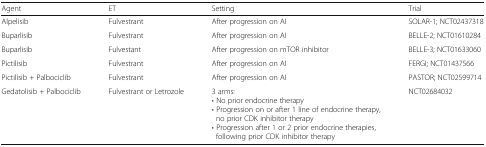
<table><thead><tr><td><b>Agent</b></td><td><b>ET</b></td><td><b>Setting</b></td><td><b>Trial</b></td></tr></thead><tbody><tr><td>Alpelisib</td><td>Fulvestrant</td><td>After progression on AI</td><td>SOLAR-1; NCT02437318</td></tr><tr><td>Buparlisib</td><td>Fulvestrant</td><td>After progression on AI</td><td>BELLE-2; NCT01610284</td></tr><tr><td>Buparlisib</td><td>Fulvestant</td><td>After progression on mTOR inhibitor</td><td>BELLE-3; NCT01633060</td></tr><tr><td>Pictilisib</td><td>Fulvestrant</td><td>After progression on AI</td><td>FERGI; NCT01437566</td></tr><tr><td>Pictilisib + Palbociclib</td><td>Fulvestrant</td><td>After progression on AI</td><td>PASTOR; NCT02599714</td></tr><tr><td>Gedatolisib + Palbociclib</td><td>Fulvestrant or Letrozole</td><td>3 arms:• No prior endocrine therapy• Progression on or after 1 line of endocrine therapy, no prior CDK inhibitor therapy• Progression after 1 or 2 prior endocrine therapies, following prior CDK inhibitor therapy</td><td>NCT02684032</td></tr></tbody></table>